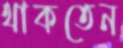
থাকতেন